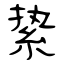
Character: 絷